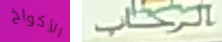
الأكواخ الرحاب